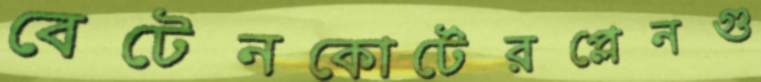
বেটেনকোর্টেরপ্লেনগু